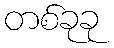
တစ်ခုခု